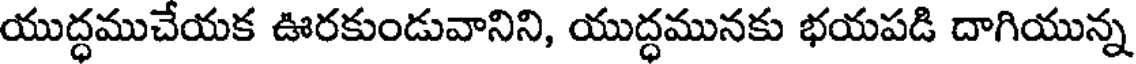
యుద్ధముచేయక ఊరకుండువానిని, యుద్ధమునకు భయపడి దాగియున్న